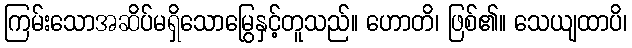
ကြမ်းသောအဆိပ်မရှိသောမြွေနှင့်တူသည်။ ဟောတိ၊ ဖြစ်၏။ သေယျထာပိ၊